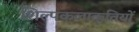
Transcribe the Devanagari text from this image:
शिल्पकलाकृतियों